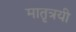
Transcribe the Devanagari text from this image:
मातृत्रयी